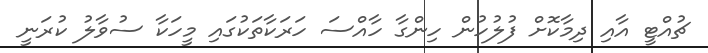
ޗުއްޓީ އާއި ދިމާކޮށް ފުލުހުން ހިންގާ ހާއްސަ ހަރަކާތަކުގައި މީހަކާ ސުވާލު ކުރަނީ